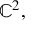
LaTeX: \mathbb { C } ^ { 2 } ,